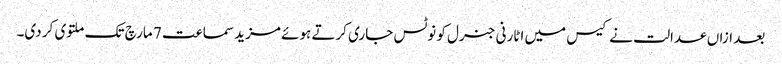
بعد ازاں عدالت نے کیس میں اٹارنی جنرل کو نوٹس جاری کرتے ہوئے مزید سماعت 7 مارچ تک ملتوی کر دی۔